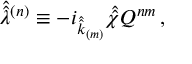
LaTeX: \hat { \hat { \lambda } } { } ^ { ( n ) } \equiv - i _ { \hat { \hat { k } } _ { \scriptscriptstyle ( m ) } } \hat { \hat { \chi } } Q ^ { n m } \, ,